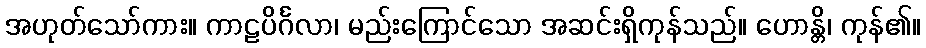
အဟုတ်သော်ကား။ ကာဠပိင်္ဂလာ၊ မည်းကြောင်သော အဆင်းရှိကုန်သည်။ ဟောန္တိ၊ ကုန်၏။